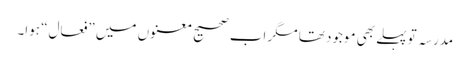
مدرسہ تو پہلے بھی موجود تھا مگر اب صحیح معنوں میں ”فعال“ ہوا۔